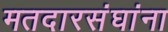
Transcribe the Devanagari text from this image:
मतदारसंघांना